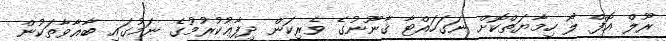
ރޫލް އޮފް ލޯ ހިމާޔަތްކޮށް ނަގަހައްޓާ ޤާނޫނުގެ ވެރިކަން ދިފާޢުކުރުމުގެ ނަމުގައި ބާޣާވާތަކުން